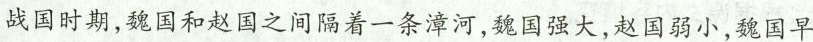
战国时期，魏国和赵国之间隔着一条漳河，魏国强大，赵国弱小，魏国早